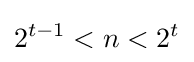
2^{t-1}<n<2^{t}